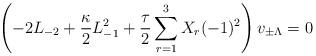
LaTeX: \begin{align*}\left(-2L_{-2}+\frac{\kappa}{2}L_{-1}^{2}+\frac{\tau}{2}\sum_{r=1}^{3}X_{r}(-1)^{2}\right)v_{\pm\Lambda}=0\end{align*}